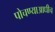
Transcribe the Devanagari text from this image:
पोचण्याआधीच